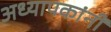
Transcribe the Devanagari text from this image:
अध्यापकांनीं